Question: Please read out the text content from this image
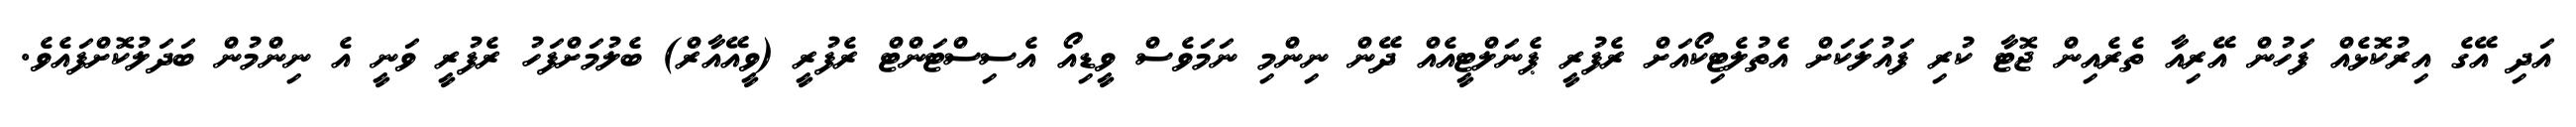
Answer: އަދި އޭގެ އިރުކޮޅެއް ފަހުން އޭރިއާ ތެރެއިން ޖޮޓާ ކުރި ފައުލަކަށް އެތުލެޓިކޯއަށް ރެފުރީ ޕެނަލްޓީއެއް ދޭން ނިންމި ނަމަވެސް ވީޑިއޯ އެސިސްޓަންޓް ރެފުރީ (ވީއޭއާރް) ބެލުމަށްފަހު ރެފުރީ ވަނީ އެ ނިންމުން ބަދަލުކޮށްފައެވެ.